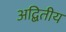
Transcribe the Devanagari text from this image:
अद्बितीय